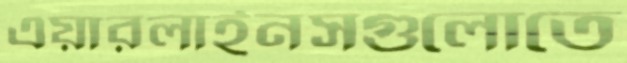
এয়ারলাইনসগুলোতে